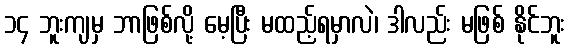
၁၄ ဘူးကျမှ ဘာဖြစ်လို့ မေ့ပြီး မထည့်ရမှာလဲ၊ ဒါလည်း မဖြစ် နိုင်ဘူး